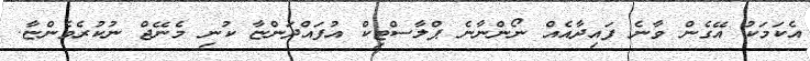
އެކަމަކު އޭގެން ވާނެ ފައިދާއެއް ނޯންނާނެ ޕްލާސްޓިކް އުފައްދަންޏާ ކުނި މެނޭޖް ނުކުރެވެންޏާ.